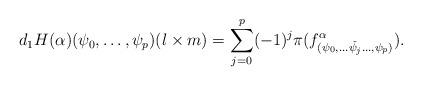
LaTeX: \begin{align*}d_1 H (\alpha)(\psi_0,\dots,\psi_{p})(l\times m)=\sum_{j=0}^{p}(-1)^{j}\pi( f_{(\psi_0,\dots \check{\psi_j} \dots,\psi_{p})}^{ \alpha}) .\end{align*}